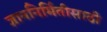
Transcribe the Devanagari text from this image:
ज्ञाननिर्मितीसाठी